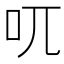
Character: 𠮾